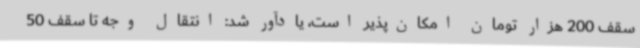
سقف 200 هزار تومان امکان‌پذیر است، یادآور شد: انتقال وجه تا سقف 50